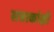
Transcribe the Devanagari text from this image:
सत्ताकांक्षी